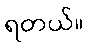
ရတယ်။